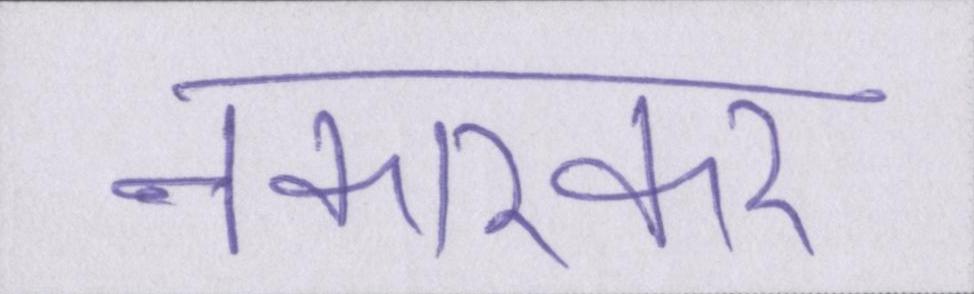
नकारकर